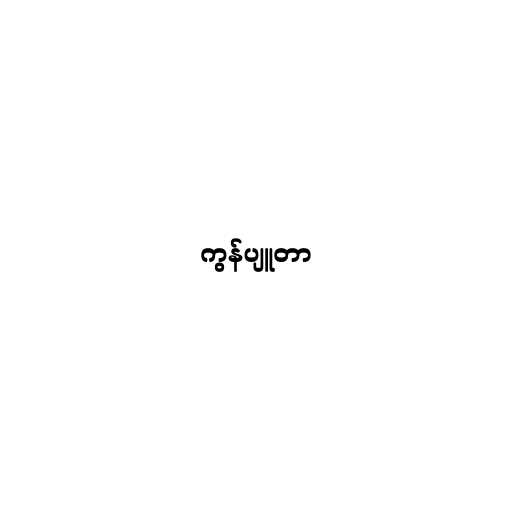
ကွန်ပျူတာ